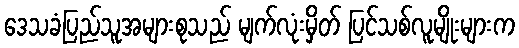
ဒေသခံပြည်သူအများစုသည် မျက်လုံးမှိတ် ပြင်သစ်လူမျိုးများက